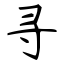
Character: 寻